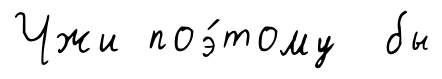
Чжи поэ́тому бы